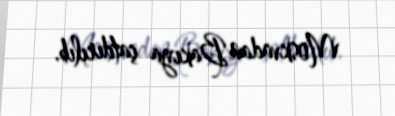
Moskvadan Bakıya çatdırılıb.